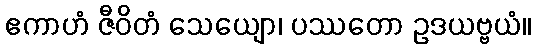
ဧကာဟံ ဇီဝိတံ သေယျော၊ ပဿတော ဥဒယဗ္ဗယံ။